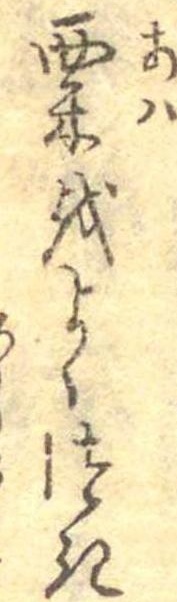
粟をよくつき